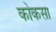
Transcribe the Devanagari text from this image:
कोकसा